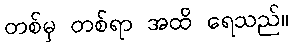
တစ်မှ တစ်ရာ အထိ ရေသည်။